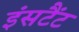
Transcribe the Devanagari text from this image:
इंसटैंट